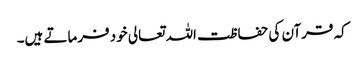
کہ قرآن کی حفاظت اللہ تعالی خود فرماتے ہیں۔